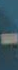
-